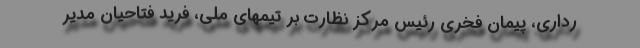
رداری، پیمان فخری رئیس مرکز نظارت بر تیمهای ملی، فرید فتاحیان مدیر